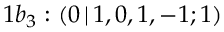
1 b _ { 3 } : ( 0 \, | \, 1 , 0 , 1 , - 1 ; 1 )